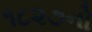
૧૮૨૭નો